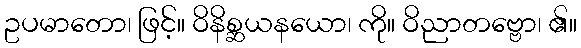
ဥပမာတော၊ ဖြင့်။ ဝိနိစ္ဆယနယော၊ ကို။ ဝိညာတဗ္ဗော၊ ၏။